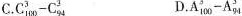
C. $$C _ { 1 0 0 } ^ { 3 } - C _ { 9 4 } ^ { 3 }$$ D. $$A _ { 1 0 0 } ^ { 3 } - A _ { 9 4 } ^ { 3 }$$